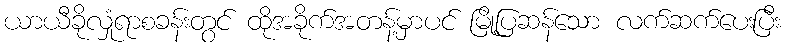
ယာယီခိုလှုံရာစခန်းတွင် ထိုအခိုက်အတန့်မှာပင် မြို့ပြဆန်သော လက်ဆက်ပေးပြီး